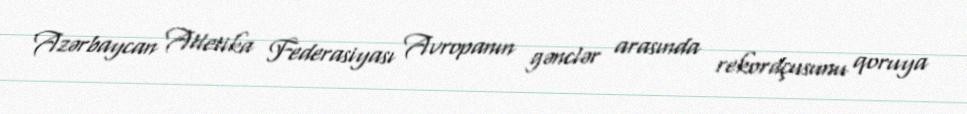
Azərbaycan Atletika Federasiyası Avropanın gənclər arasında rekordçusunu qoruya